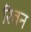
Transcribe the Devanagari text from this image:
रिवन